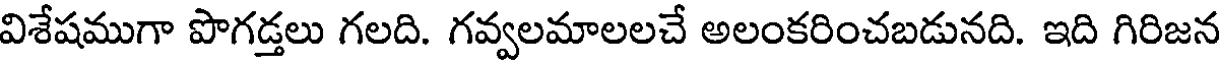
విశేషముగా పొగడ్తలు గలది. గవ్వలమాలలచే అలంకరించబడునది. ఇది గిరిజన